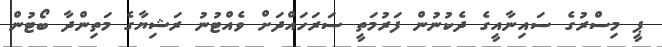
ޕީ މިސްރުގެ ސައިނާއީގެ ދެކުނުން ފަރުމަތީ ސަރަހައްދަށް ވެއްޓުނު ރަޝިޔާގެ މަތިންދާ ބޯޓުން